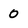
Character: 0